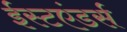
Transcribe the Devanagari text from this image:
ईस्टएंडर्स